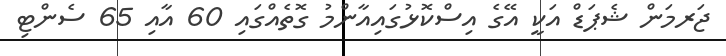
ޖަރމަން ޝެޕަޑް އަކީ އޭގެ އިސްކޮޅުގައިއާންމު ގޮތެއްގައި 60 އާއި 65 ސެންޓި